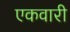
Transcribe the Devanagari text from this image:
एकवारी